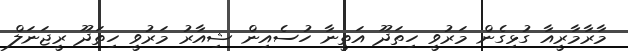
މާރާމާރީއާ ގުޅިގެން މަރުވީ ހިތަދޫ އަތީނާ ހުސެއިން ޝިއާރު މަރުވީ ހިތަދޫ ރީޖަނަލް